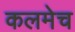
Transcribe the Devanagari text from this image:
कलमेच